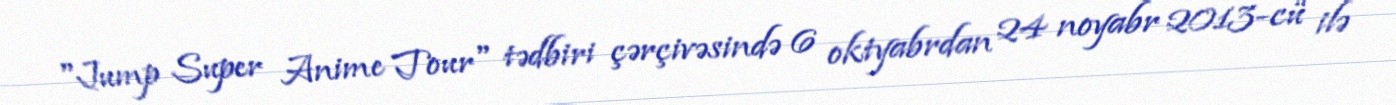
"Jump Super Anime Tour" tədbiri çərçivəsində 6 oktyabrdan 24 noyabr 2013-cü ilə